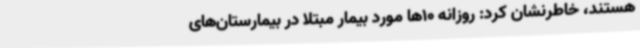
هستند، خاطرنشان کرد: روزانه 10ها مورد بیمار مبتلا در بیمارستان‌های